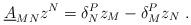
LaTeX: \begin{align*}\underline{A}_{MN}z^N=\delta ^P_N z_M -\delta ^P_M z_N\ .\end{align*}